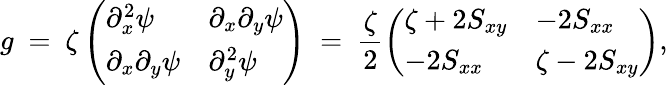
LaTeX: g\ =\ \zeta\left(\begin{array}{ll}{\partial_{x}^{2}\psi}&{\partial_{x}\partial_{y}\psi}\\ {\partial_{x}\partial_{y}\psi}&{\partial_{y}^{2}\psi}\end{array}\right)\ =\ \frac\zeta 2\left(\begin{array}{ll}{\zeta+2S_{xy}}&{-2S_{xx}}\\ {-2S_{xx}}&{\zeta-2S_{xy}}\end{array}\right),